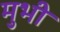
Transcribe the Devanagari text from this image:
मुभी